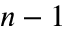
n - 1